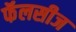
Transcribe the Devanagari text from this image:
फॅलसीज